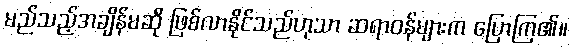
မည်သည့်အချိန်မဆို ဖြစ်လာနိုင်သည်ဟုသာ ဆရာဝန်များက ပြောကြ၏။